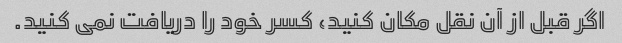
اگر قبل از آن نقل مکان کنید، کسر خود را دریافت نمی کنید.